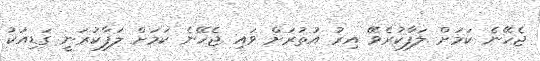
ޖެހޭނެ ކަމަށް ލަފާކުރެވޭ އިރު އުތުރަށް ވައި ޖެހޭނެ ކަމަށް ލަފާކުރަނީ ގަޑިއަކު